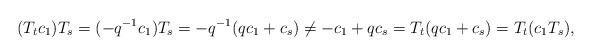
LaTeX: \begin{align*}(T_tc_1)T_s=(-q^{-1}c_1)T_s=-q^{-1}(qc_1+c_s)\ne -c_1+qc_s=T_t(qc_1+c_s)=T_t(c_1T_s),\end{align*}